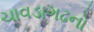
ચાવડાગઢનો